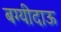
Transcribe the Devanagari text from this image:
बग्यीदाऊ